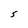
Character: 5